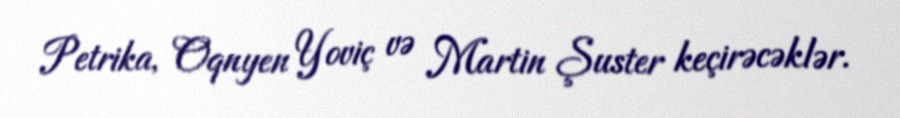
Petrika, Oqnyen Yoviç və Martin Şuster keçirəcəklər.